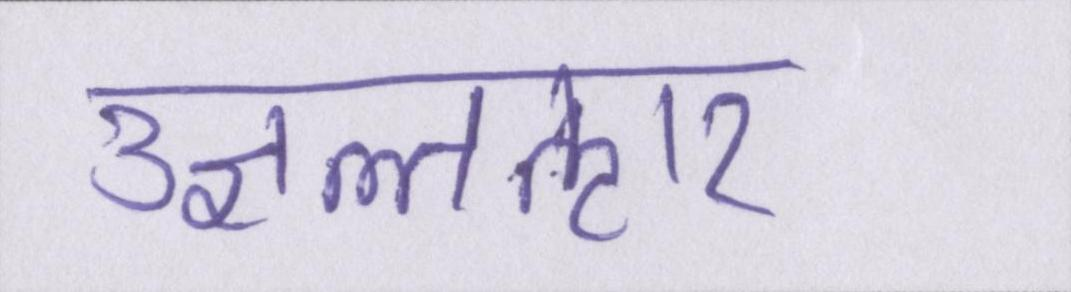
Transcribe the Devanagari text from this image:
उज्ञल्तऌार